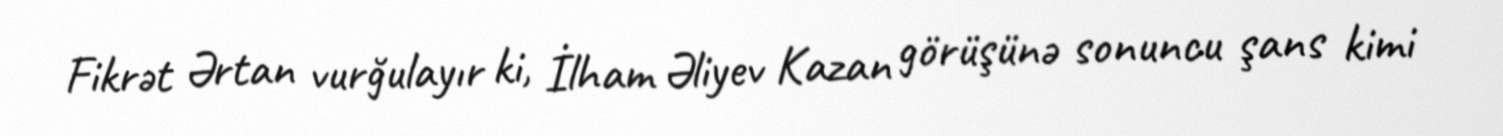
Fikrət Ərtan vurğulayır ki, İlham Əliyev Kazan görüşünə sonuncu şans kimi